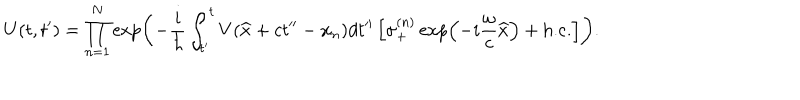
U ( t , t ^ { \prime } ) = \prod _ { n = 1 } ^ { N } \exp \left( - \frac { i } { \hbar } \int _ { t ^ { \prime } } ^ { t } V ( \widehat { x } + c t ^ { \prime \prime } - x _ { n } ) d t ^ { \prime \prime } \left[ \sigma _ { + } ^ { ( n ) } \exp \left( - i \frac { \omega } { c } \widehat { x } \right) + \mathrm { h . c . } \right] \right) .